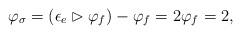
LaTeX: \begin{align*}\varphi_\sigma=(\epsilon_e\rhd \varphi_f)-\varphi_f=2\varphi_f=2,\end{align*}